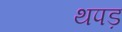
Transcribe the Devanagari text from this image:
थपड़